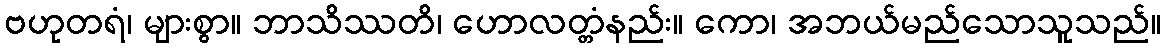
ဗဟုတရံ၊ များစွာ။ ဘာသိဿတိ၊ ဟောလတ္တံနည်း။ ကော၊ အဘယ်မည်သောသူသည်။